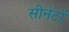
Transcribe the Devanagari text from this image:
सीनेटों